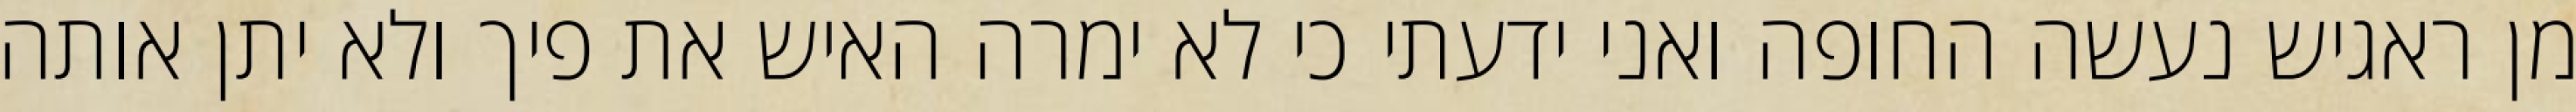
מן ראגיש נעשה החופה ואני ידעתי כי לא ימרה האיש את פיך ולא יתן אותה